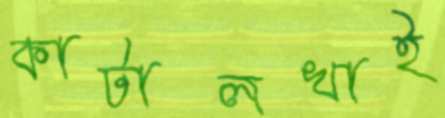
কাটালখাই